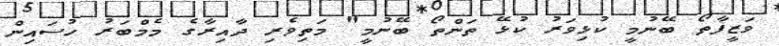
ވަޒީފާތޯ ބޭނުމީ ކުޅިވަރު ކުޅޭ ތަންތޯ ބޭނުމީ" މަތިވެރި ދާއިރާގެ މެމްބަރު ހުސައިން